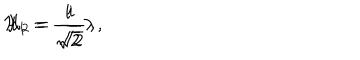
{ \cal H } _ { 1 } = \frac { i } { \sqrt { 2 } } \lambda \, , \hspace { 1 . 5 c m } { \cal H } _ { 2 } = \frac { i } { \sqrt { 2 } } \, ,